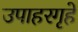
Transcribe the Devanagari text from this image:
उपाहरगृहे